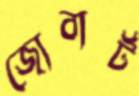
জোবার্ট